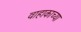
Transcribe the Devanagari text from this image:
वाहाकाच्या